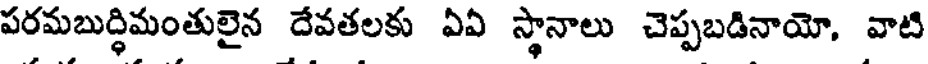
పరమబుద్ధిమంతులైన దేవతలకు ఏఏ స్థానాలు చెప్పబడినాయో, వాటి